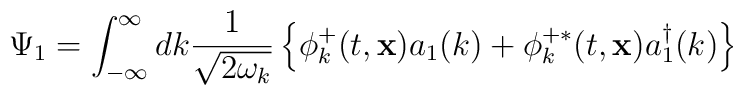
\Psi_1=\int_{-\infty}^{\infty}dk \frac{1}{\sqrt{2\omega_k}}\left\{\phi_k^+(t,{\bf x})a_1(k)+\phi_k^{+ \ast}(t,{\bf x})a_1^\dagger(k)\right\}